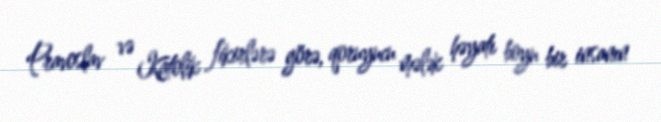
Pravoslav və Katolik fikirlərə görə, qoruyucu mələk həyatı boyu bir insanın